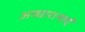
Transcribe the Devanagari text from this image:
अव्धारानाएं